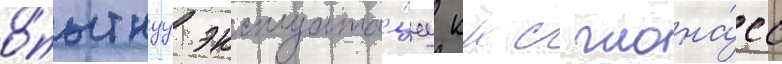
о́пытнуу эксплуата́циу ккс глона́сс